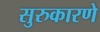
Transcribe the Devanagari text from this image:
सुरुकारणे